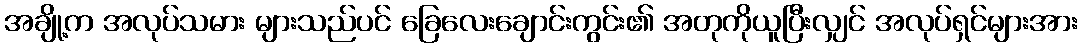
အချို့က အလုပ်သမား များသည်ပင် ခြေလေးချောင်းကွင်း၏ အတုကိုယူပြီးလျှင် အလုပ်ရှင်များအား